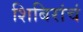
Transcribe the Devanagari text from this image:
शिबिरांचं